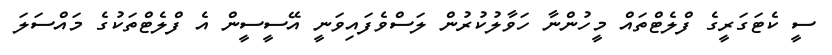
ސީ ކެޓަގަރީގެ ފްލެޓްތައް މީހުންނާ ހަވާލުކުރުން ލަސްވެފައިވަނީ އޭސީސީން އެ ފްލެޓްތަކުގެ މައްސަލަ